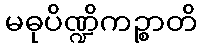
မဓုပိဏ္ဍိကဉ္စာတိ